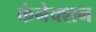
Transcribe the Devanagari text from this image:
कंनेक्शन